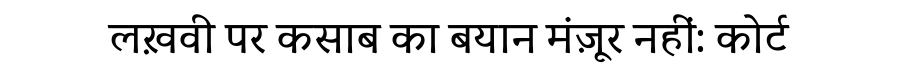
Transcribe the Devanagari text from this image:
लख़वी पर कसाब का बयान मंज़ूर नहीं: कोर्ट